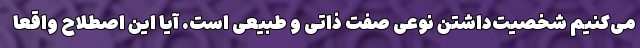
می‌کنیم شخصیت‌داشتن نوعی صفت ذاتی و طبیعی است. آیا این اصطلاح واقعاً